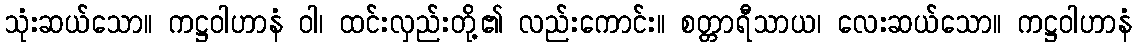
သုံးဆယ်သော။ ကဋ္ဌဝါဟာနံ ဝါ၊ ထင်းလှည်းတို့၏ လည်းကောင်း။ စတ္တာရီသာယ၊ လေးဆယ်သော။ ကဋ္ဌဝါဟာနံ